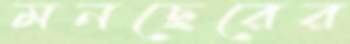
মনছেরের